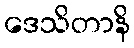
ဒေသိတာနိ